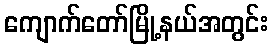
ကျောက်တော်မြို့နယ်အတွင်း